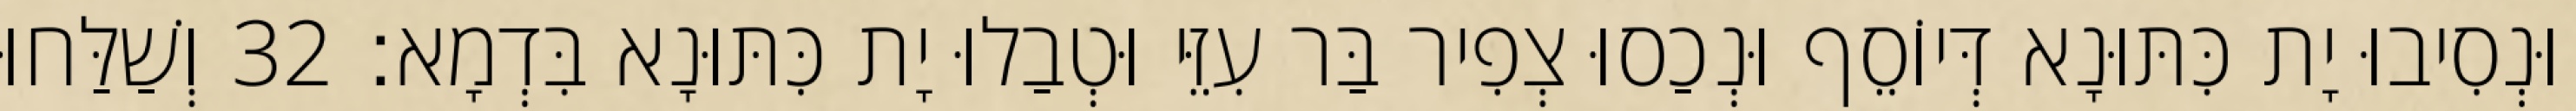
וּנְסִיבוּ יָת כִּתּוּנָא דְּיוֹסֵף וּנְכַסוּ צְפִיר בַּר עִזֵּי וּטְבַלוּ יָת כִּתּוּנָא בִּדְמָא׃ 32 וְשַׁלַּחוּ